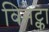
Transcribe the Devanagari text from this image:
विनेट्का